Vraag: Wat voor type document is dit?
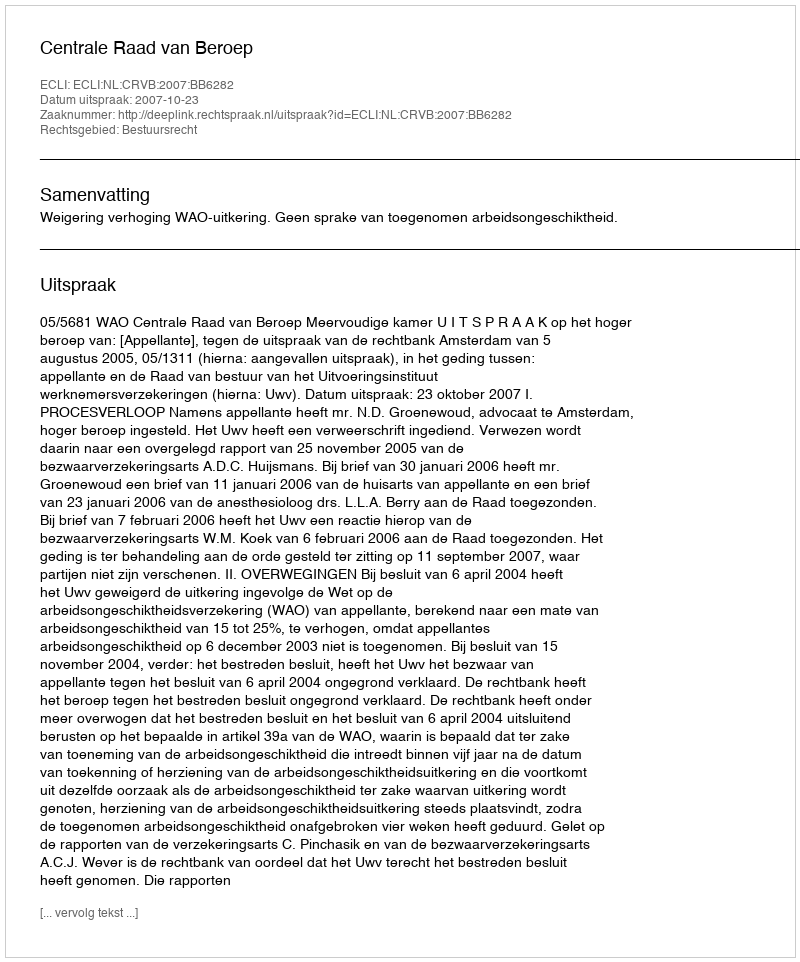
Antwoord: Uitspraak